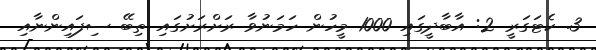
3. ކެޓަގަރީ 2: އާބާދީގައި 1000 މީހުން ހަމަނުވާ ރަށްރަށުގައި ތިބޭ ސިފައިންނާއި